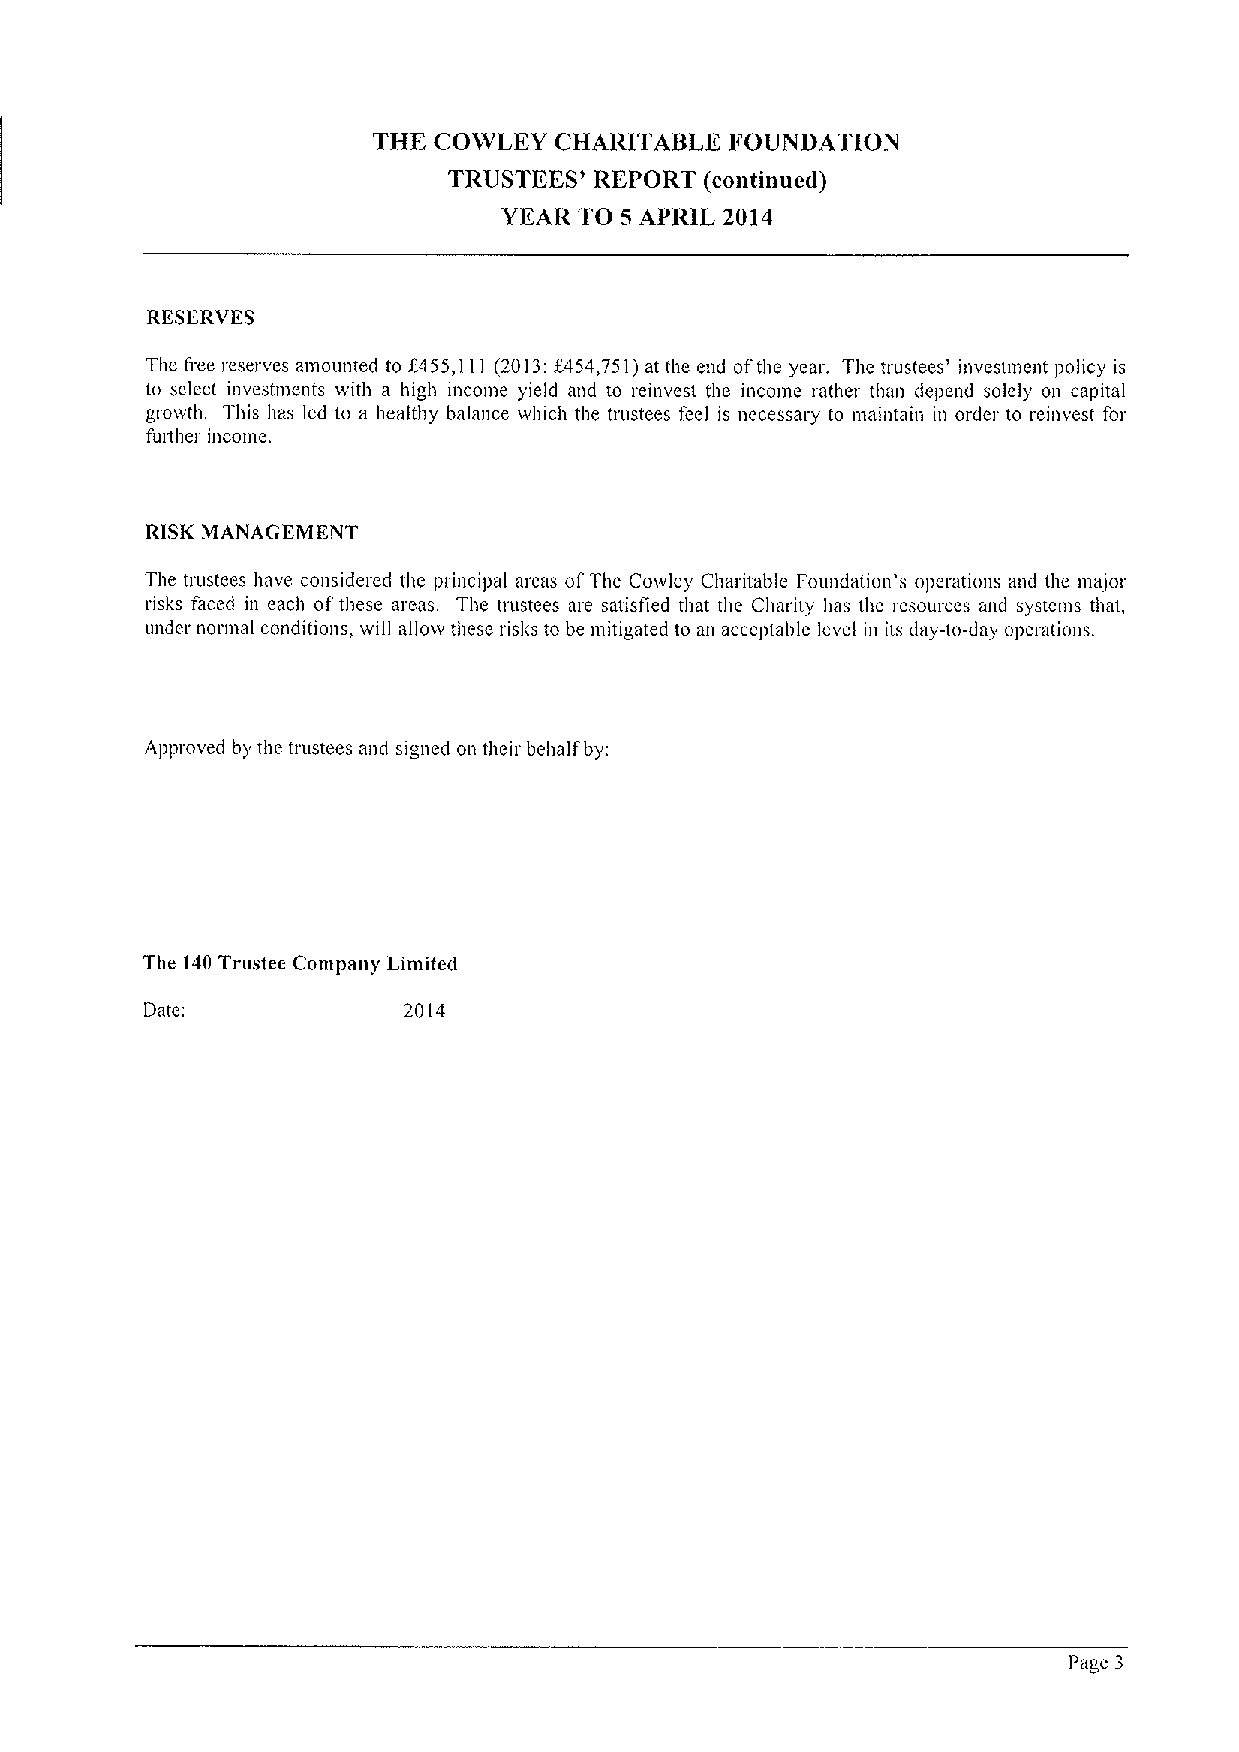
THE COWLEY  CHARITABLE FOUNDATION
 TRUSTEES' REPORT (eontinuecI)
 YEAR TO 5 APRIL 2014
 RESERVES
 The fice reserves amounted to f455,111 i2013:f454,751)at the mid ofthe year. The trustees' invesimmit policy is
 to select investments with a high ilicolrle yield mid to reinvest the income rathn than depend solely on capital
 growth. 1his has led to a healthy balance which the trustees feel is necessary to maintain in order to reinvest for
 futther income.
 RlSK MANAGEMENT
 The trustees have considered the principal areas of1'he Cowley Charitable Foundation's operations ant! the majoi
 risks faced in each ofthese areas. The trustees are satisfied that the Chmity has the resources and systems that,
 under normal conditions, will allow these risks to be mitigated to an acceptable level in its day-to-day operations.
 Approved by the trustees and signed on their behalf by:
 The 140Trustee Company Limited
 Date:            2014
 Page 3